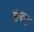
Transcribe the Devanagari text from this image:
हरद